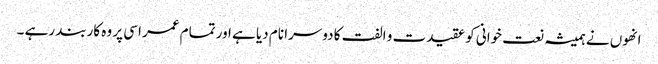
انھوں نے ہمیشہ نعت خوانی کو عقیدت و الفت کا دوسرا نام دیا ہے اور تمام عمر اسی پر وہ کاربند رہے ۔